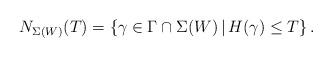
LaTeX: \begin{align*}N_{\Sigma(W)}(T)= \left\{ \gamma\in \Gamma \cap \Sigma(W) \mathop{|} H(\gamma)\leq T \right\}.\end{align*}